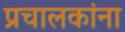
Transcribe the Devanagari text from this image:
प्रचालकांना